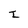
Character: I